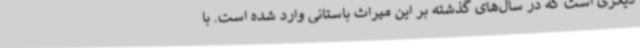
دیگری است که در سال‌های گذشته بر این میراث باستانی وارد شده است. با